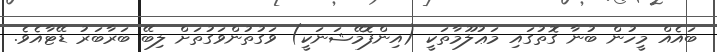
ބައެއް މީހުން ބުނާ ގޮތުގައި މަޢުލޫމާތަކީ (އިންފޮމޭޝަނަކީ) ވަގުތުންވަގުތަށް ލިބޭ ބަރާބަރު ޑޭޓާއެވެ.